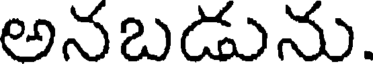
అనబడును.